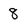
Character: 8